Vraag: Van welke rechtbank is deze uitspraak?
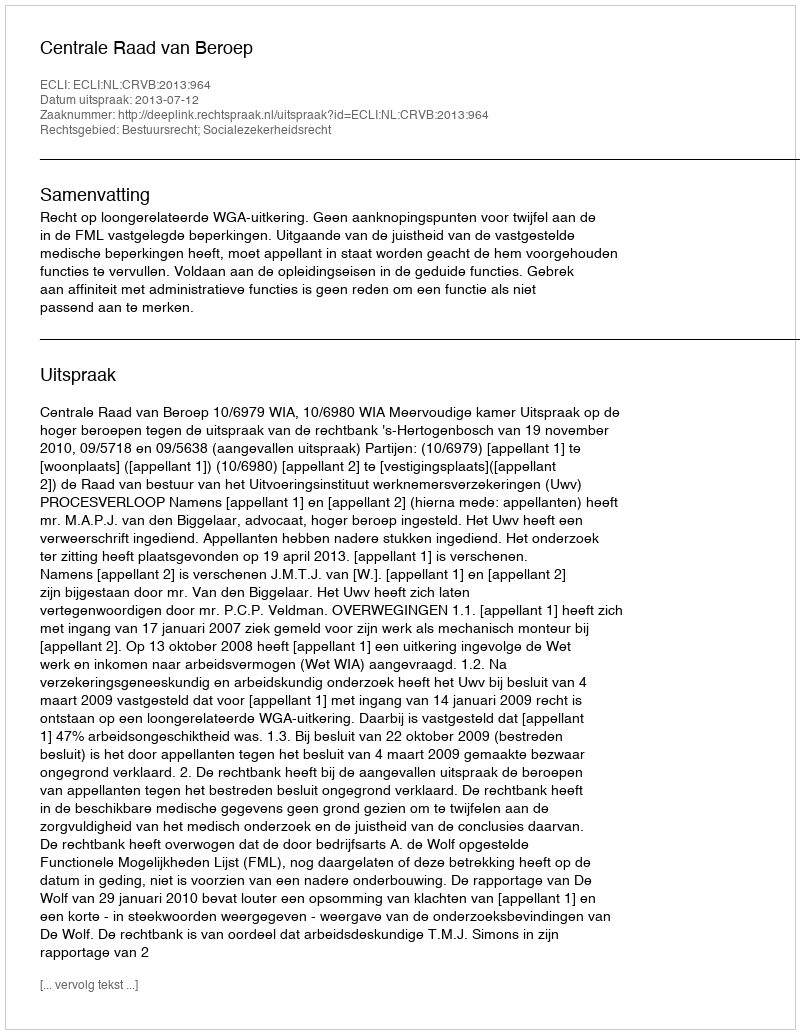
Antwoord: Centrale Raad van Beroep